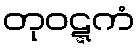
တုဝဋ္ဋကံ